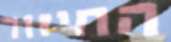
החיזור